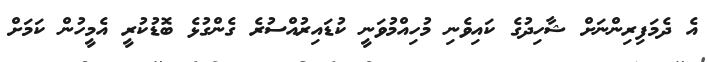
އެ ދެމަފިރިންނަށް ޝާހިދުގެ ކަައިވެނި މުހިއްމުވަނީ ކުޑައިރުއްސުރެ ގެންގުޅެ ބޮޑުކުރީ އެމީހުން ކަމަށް